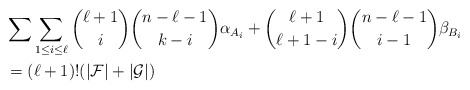
\begin{align*}&\sum_{} \sum_{1 \leq i \leq \ell} {\ell + 1\choose i} {n - \ell - 1\choose k - i} \alpha_{A_i} + {\ell + 1\choose \ell + 1 - i} {n - \ell - 1\choose i - 1}\beta_{B_i}\\&= (\ell + 1)! (|\mathcal F| + |\mathcal G|) \end{align*}